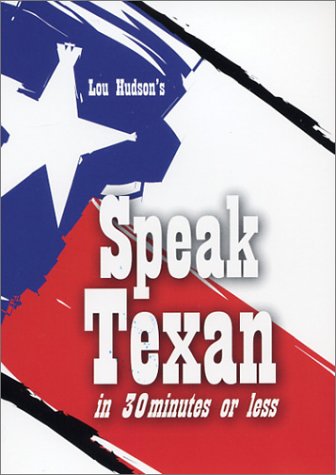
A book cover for Speak Texan in 30 Minutes or Less; Lou Hudson; Humor & Entertainment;